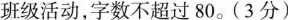
班级活动，字数不超过80。(3分)